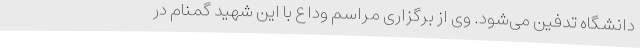
دانشگاه تدفین می‌شود. وی از برگزاری مراسم وداع با این شهید گمنام در